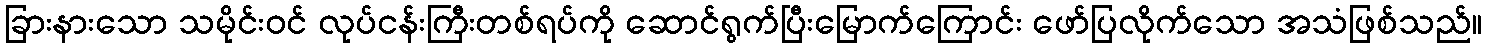
ခြားနားသော သမိုင်းဝင် လုပ်ငန်းကြီးတစ်ရပ်ကို ဆောင်ရွက်ပြီးမြောက်ကြောင်း ဖော်ပြလိုက်သော အသံဖြစ်သည်။